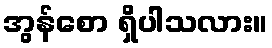
အွန်စော ရှိပါသလား။